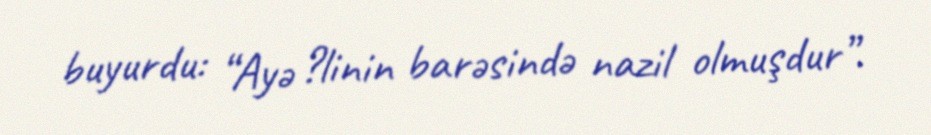
buyurdu: “Ayə ?linin barəsində nazil olmuşdur”.